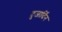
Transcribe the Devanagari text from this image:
दुजार्दिन